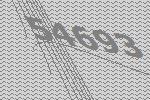
54693